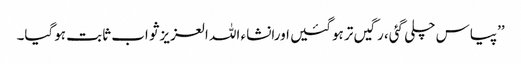
’’پیاس چلی گئی، رگیں تر ہوگئیں اورانشاء اللہ العزیز ثواب ثابت ہوگیا۔